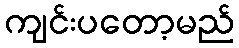
ကျင်းပတော့မည်